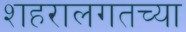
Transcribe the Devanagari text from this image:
शहरालगतच्या